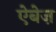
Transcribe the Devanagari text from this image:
ऐबेज़